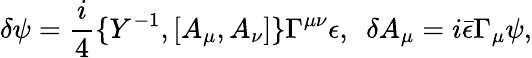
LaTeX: \delta\psi=\frac{i}{4}\{ Y^{-1},[A_{\mu},A_{\nu}]\} \Gamma^{\mu\nu}\epsilon,~~\delta A_{\mu}=i\bar{\epsilon}\Gamma_{\mu}\psi,